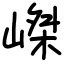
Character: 嵥